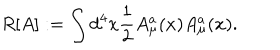
R [ A ] : = \int d ^ { 4 } x { \frac { 1 } { 2 } } A _ { \mu } ^ { a } ( x ) A _ { \mu } ^ { a } ( x ) .